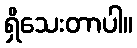
ရှိသေးတာပါ။